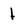
Character: 1